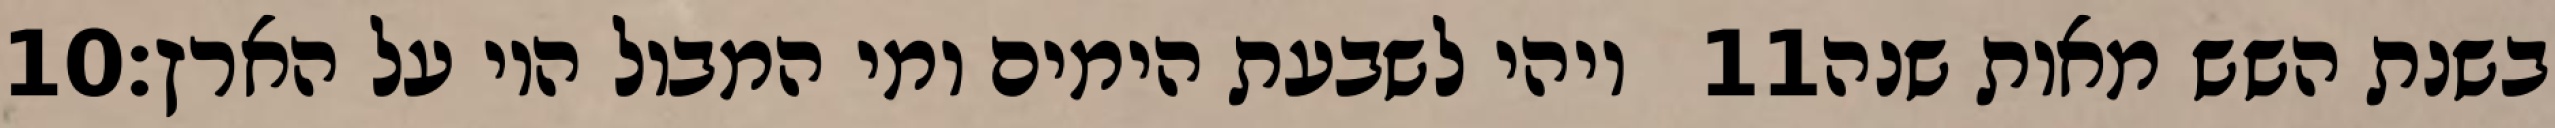
‎10‏ ויהי לשבעת הימים ומי המבול היו על הארץ׃ ‎11‏ בשנת השש מאות שנה